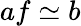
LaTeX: af\simeq b